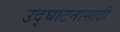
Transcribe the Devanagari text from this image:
उद्घाटनासाठी